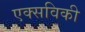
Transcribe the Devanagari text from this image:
एक्सविकी